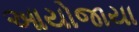
આયોજાયા